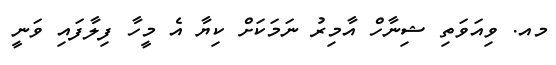
މއ. ވިއަވަތި ޝިނާހް އާމިރު ނަމަކަށް ކިޔާ އެ މީހާ ފިލާފައި ވަނީ